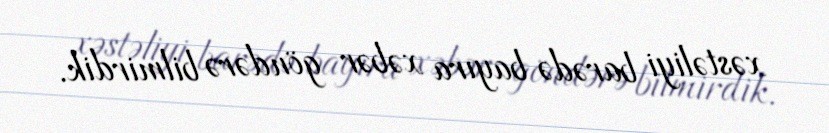
xəstəliyi barədə bayıra xəbər göndərə bilmirdik.